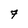
Character: 7